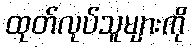
ထုတ်လုပ်သူများကို